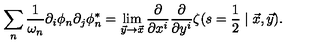
\sum _ { n } \frac { 1 } { \omega _ { n } } \partial _ { i } \phi _ { n } \partial _ { j } \phi _ { n } ^ { * } = \lim _ { \vec { y } \rightarrow \vec { x } } \frac { \partial } { \partial x ^ { i } } \frac { \partial } { \partial y ^ { i } } \zeta ( s = \frac { 1 } { 2 } \mid \vec { x } , \vec { y } ) .